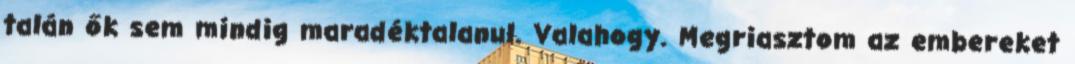
talán ők sem mindig maradéktalanul. Valahogy. Megriasztom az embereket